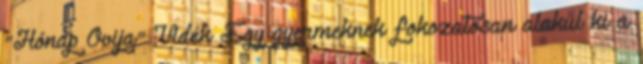
"Hónap Ovija" Vidék Egy gyermeknek fokozatosan alakul ki a